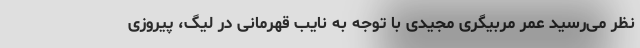
نظر می‌رسید عمر مربیگری مجیدی با توجه به نایب قهرمانی در لیگ، پیروزی